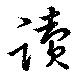
読